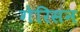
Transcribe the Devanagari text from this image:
गेरिसन